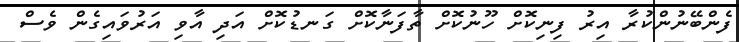
ފެންބޭނުންކުރާ އިރު ފިނިކޮށް ހޫނުކޮށް ތާފަނާކޮށް ގަނޑުކޮށް އަދި އާވި އަރުވައިގެން ވެސް